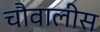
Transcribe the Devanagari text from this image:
चौवालीस